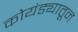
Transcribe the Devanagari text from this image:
कोयंड्यातून